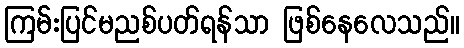
ကြမ်းပြင်မညစ်ပတ်ရန်သာ ဖြစ်နေလေသည်။